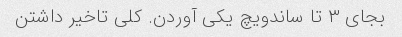
بجای ۳ تا ساندویچ یکی آوردن. کلی تاخیر داشتن